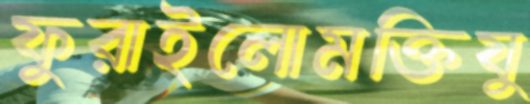
ফুরাইলোমক্তিযু